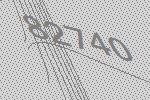
82740